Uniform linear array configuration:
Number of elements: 32
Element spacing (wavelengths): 0.5
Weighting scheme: blackman
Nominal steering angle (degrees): -15
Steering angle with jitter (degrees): -14.417
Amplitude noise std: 0.05
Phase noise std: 0.05

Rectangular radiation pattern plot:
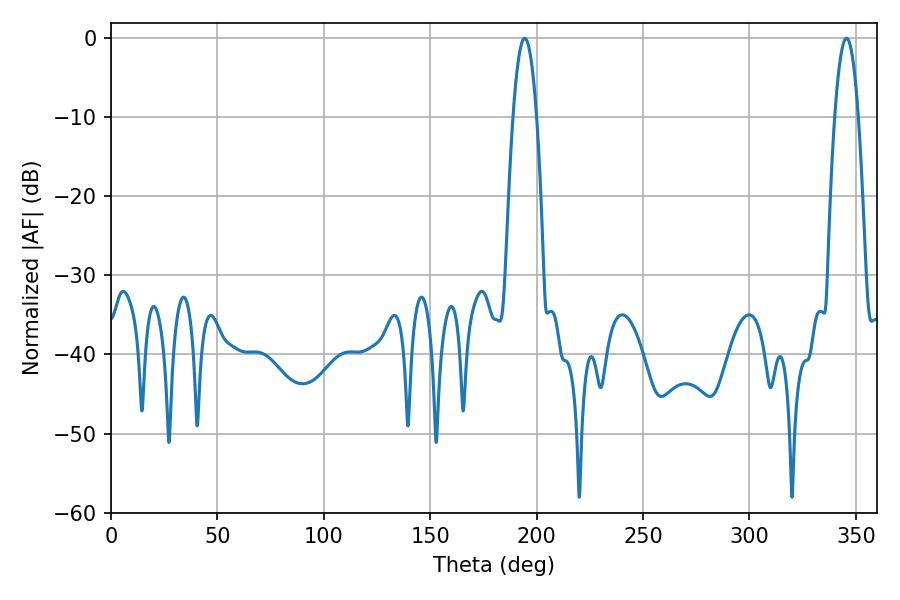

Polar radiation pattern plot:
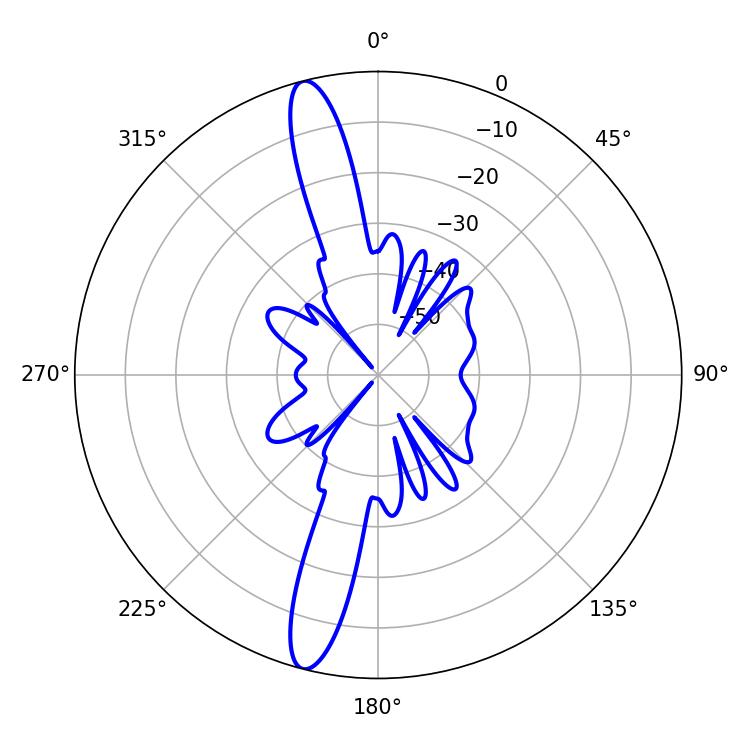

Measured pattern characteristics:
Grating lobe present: FALSE
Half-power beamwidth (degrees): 6.12
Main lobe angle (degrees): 194.4